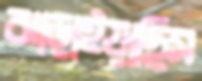
ঝাড়াইয়াছিস